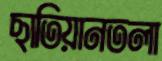
ছাতিয়ানতলা